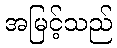
အမြင့်သည်